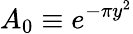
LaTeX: A_{0}\equiv e^{-\pi y^{2}}